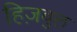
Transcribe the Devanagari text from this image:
हिज़बुल